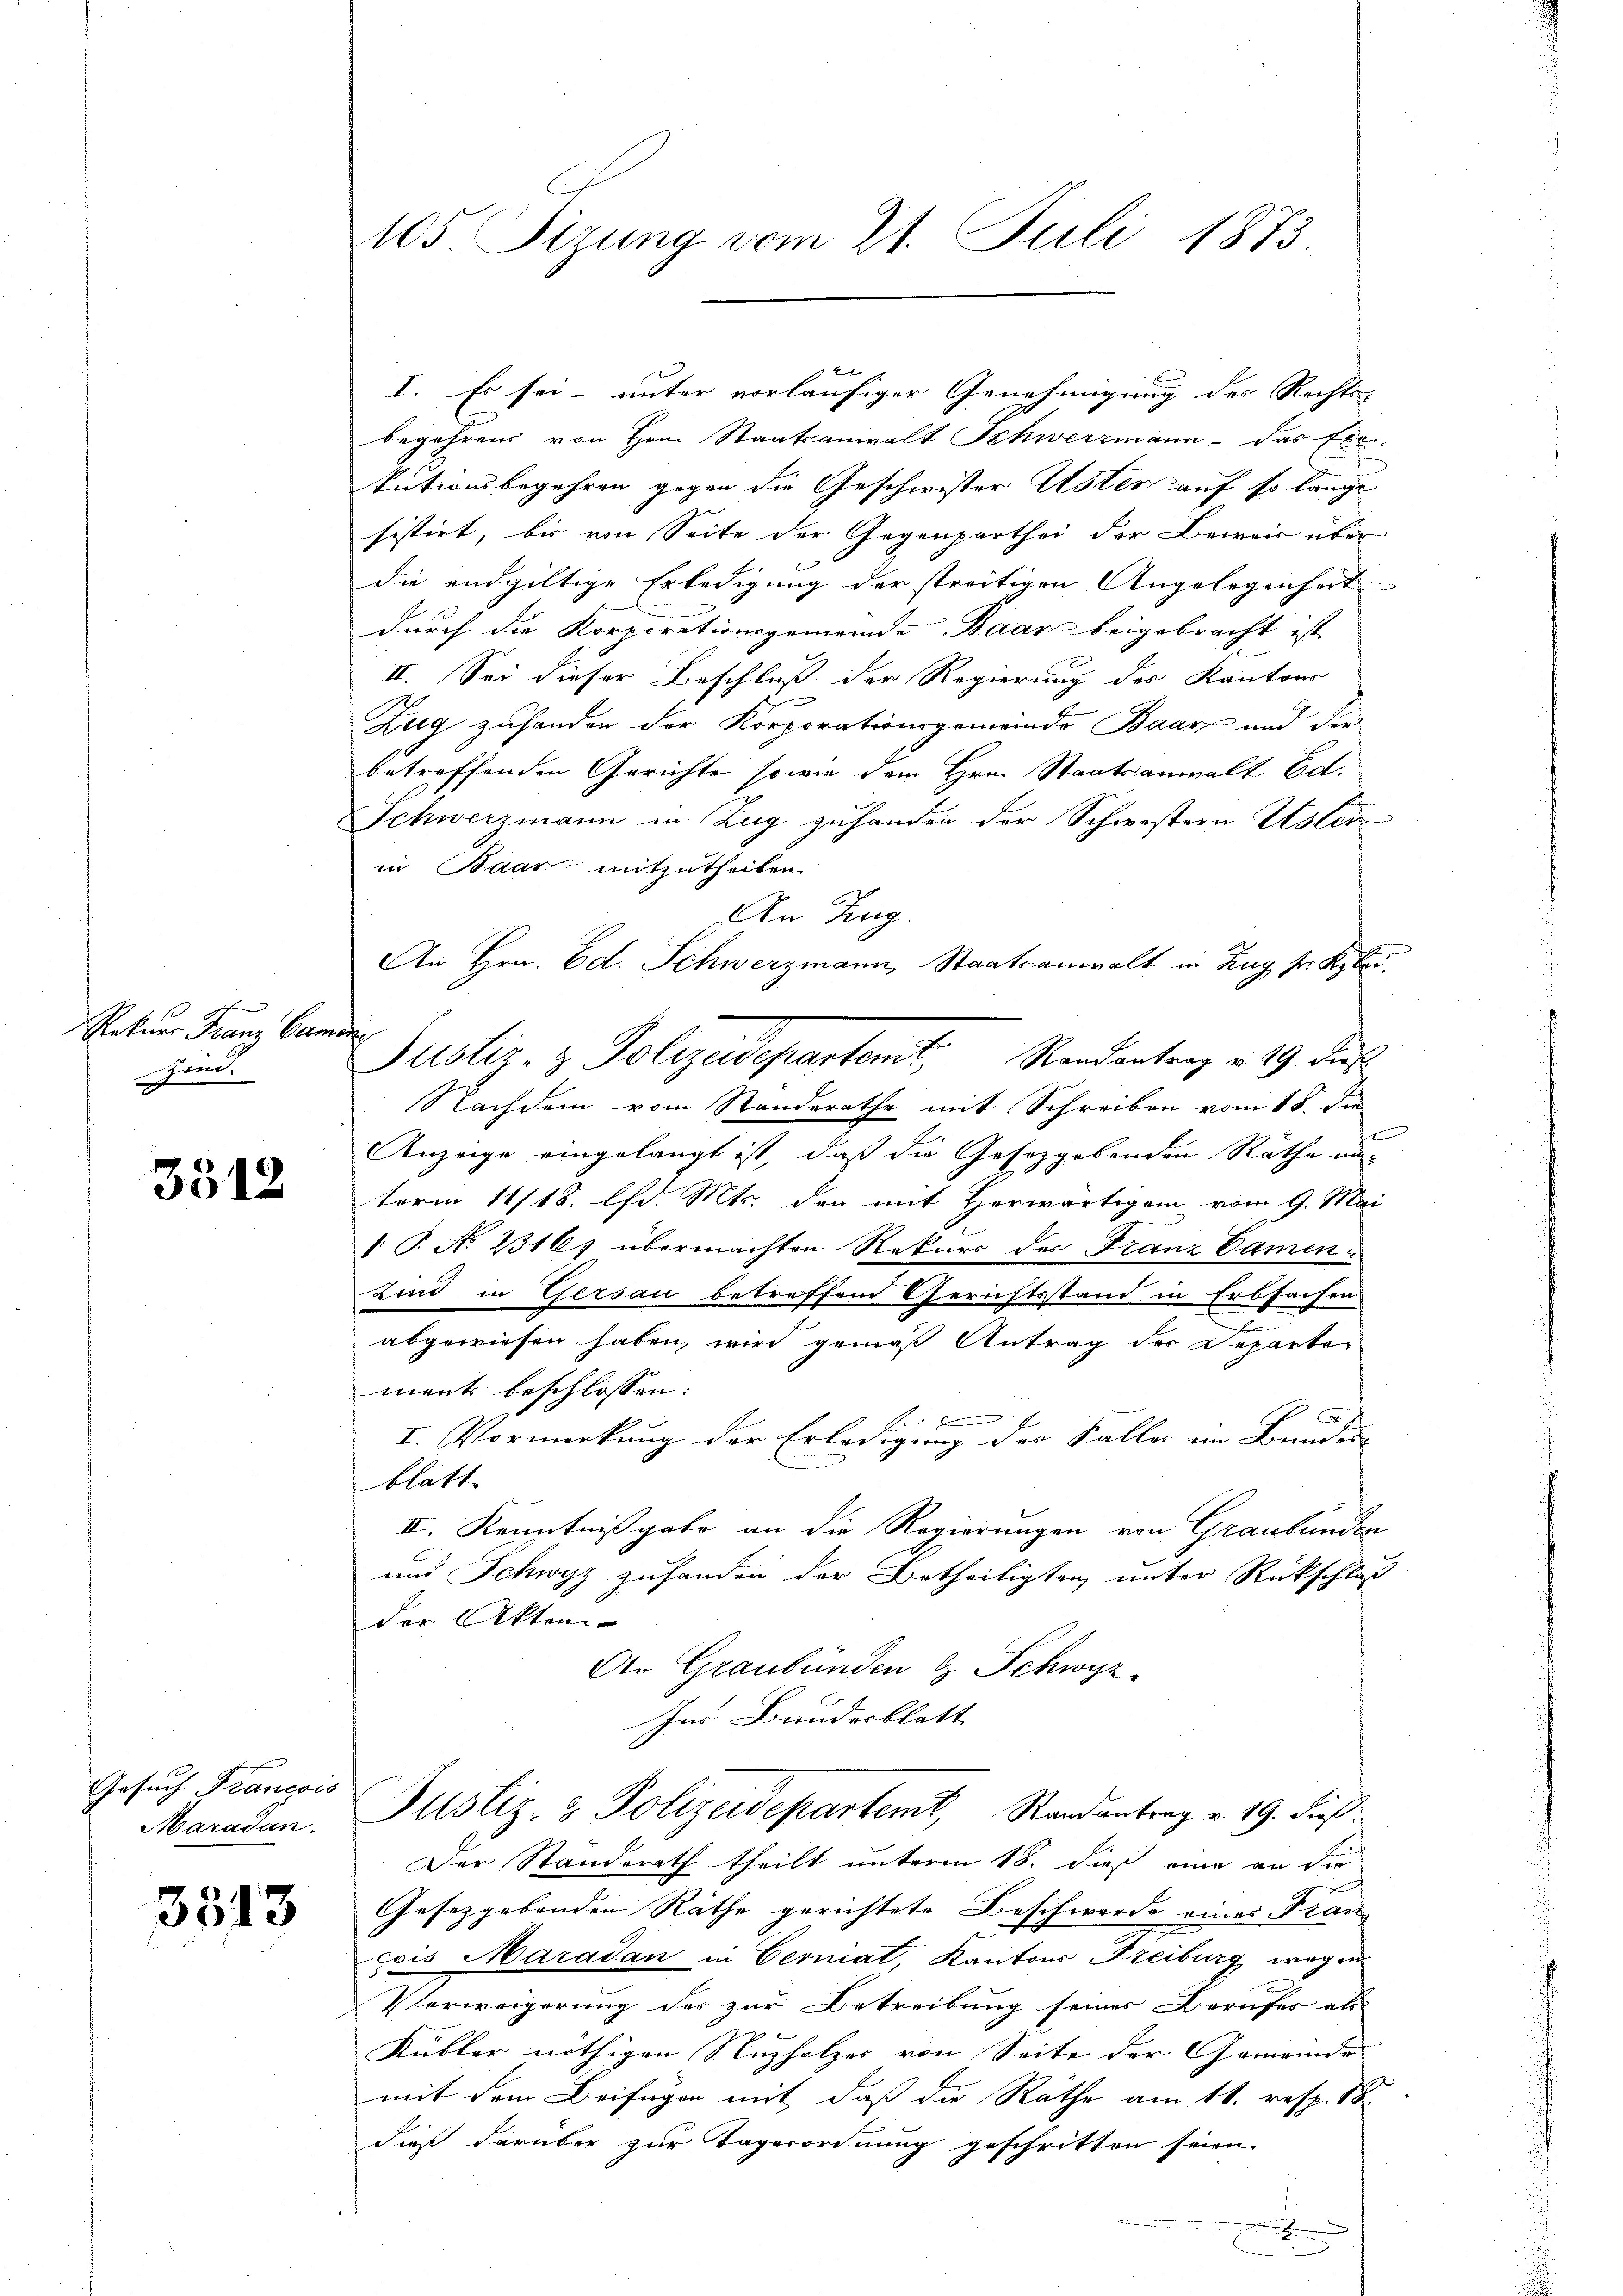
Rekurs Franz Car
Zind.

3512

Gesuch Francois
Maradan

3513

105 Sizung vom 21. Juli 1873.

nach

I. Es sei- unter vorläufiger Genehmigung des Rechts-
begehren von Hrn. Staatsanwalt Schwerzmann - das Exe
tutionsbegehren gegen die Geschwister Uster auf so lange
sistirt, bis von Seite der Gegenparthei der Bewer über
die endgültige Erledigung der streitigen Angelegenheit
durch die Korporationsgemeinde Baar beigebracht ist
II. Sei dieser Beschluß der Regierung des Kantons
Zug zuhanden der Korporationsgemeinde Baar und der
betreffenden Gerichte sowie dem Hrn. Staatsanwalt Ed.
Schwerzmann in Zug zuhanden der Schwestern Uster
in Baar mitzutheilen.
An Zug.
An Hrn. Ed. Schwerzmann, Staatsanwalt in Zug sr. Klei¬
Nachdem vom Standerathe mit Schreiben vom 18. die
E
Anzeige eingelangt ist, daß die Gesetzgebenden Rathe unterm 11/18. d. Mts. der mit Herwärtigem vom 9. Mai
1 P. No 23167 übermachten Rekurs der Franz Camen¬
Lind in Gersau betreffend Gerichtsstand in Erbsachen
abgewiesen haben, wird gemäß Antrag der Departer
ment beschlossen:
.
I. Vormerkung der Erledigung des Faller im Bundes- |
blatt
II. Kenntnißgabe an die Regierungen von Graubünden
und Schwyz zuhanden der Betheiligten unter Rückschluß
der Akten.
An Graubünden & Schwyz
Ins Bundesblatt
Justiz- & Polizeidepartemt, Randantrag v. 19. dieß
Der Standerath theilt unterm 18. dieß eine an die
Gesetzgebenden Räthe gerichtete Beschwerde eines Fran
çois Maradan in Cerniat, Kantons Freiburg wegen
Verweigerung der zur Betreibung seiner Berufes als
Kübler nöthigen Nuzholzes von Seite der Gemeinde
mit dem Beifügen mit daß die Räthe am 11. resp. 18
dieß darüber zur Tagerordnung geschritten seien.

2

Justiz- & Polizeidepartem Randantrag v. 29. Dies

.